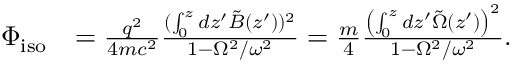
\begin{array} { r l } { \Phi _ { \mathrm { i s o } } } & { = \frac { q ^ { 2 } } { 4 m c ^ { 2 } } \frac { ( \int _ { 0 } ^ { z } d z ^ { \prime } \tilde { B } ( z ^ { \prime } ) ) ^ { 2 } } { 1 - \Omega ^ { 2 } / \omega ^ { 2 } } = \frac { m } { 4 } \frac { \left( \int _ { 0 } ^ { z } d z ^ { \prime } \tilde { \Omega } ( z ^ { \prime } ) \right) ^ { 2 } } { 1 - \Omega ^ { 2 } / \omega ^ { 2 } } . } \end{array}